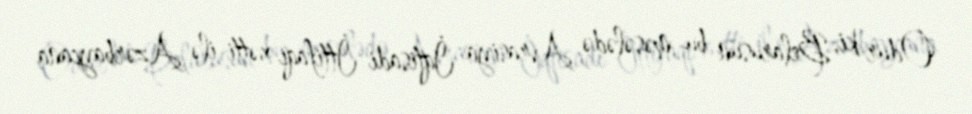
Odur ki, Belarusun bu məsələdə Avrasiya İqtisadi İttifaqı xətti ilə Azərbaycana